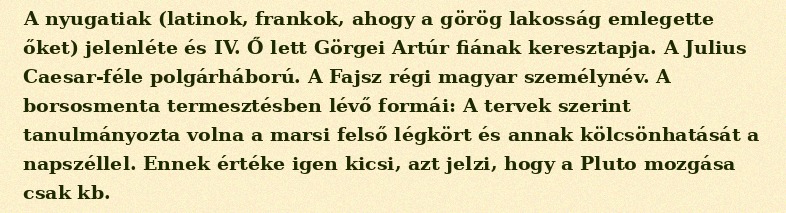
A nyugatiak (latinok, frankok, ahogy a görög lakosság emlegette őket) jelenléte és IV. Ő lett Görgei Artúr fiának keresztapja. A Julius Caesar-féle polgárháború. A Fajsz régi magyar személynév. A borsosmenta termesztésben lévő formái: A tervek szerint tanulmányozta volna a marsi felső légkört és annak kölcsönhatását a napszéllel. Ennek értéke igen kicsi, azt jelzi, hogy a Pluto mozgása csak kb.